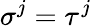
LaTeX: \sigma^{j}=\tau^{j}